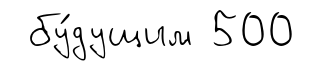
бу́дущим 500